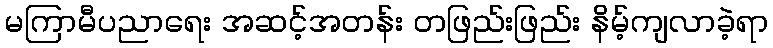
မကြာမီပညာရေး အဆင့်အတန်း တဖြည်းဖြည်း နိမ့်ကျလာခဲ့ရာ